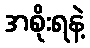
အစိုးရနဲ့